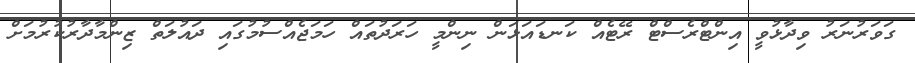
ގަވަރުނަރު ވިދާޅުވީ އިންޓްރެސްޓް ރޭޓެއް ކަނޑައަޅަން ނިންމީ ހަރަދުތައް ހަމަޖެއްސުމުގައި ދައުލަތް ޒިންމާދާރުކުރުމަށް